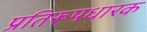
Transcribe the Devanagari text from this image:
प्रतिरूपधारक